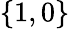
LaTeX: \left\lbrace 1,0\right\rbrace